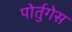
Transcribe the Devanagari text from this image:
पोर्तुगेस